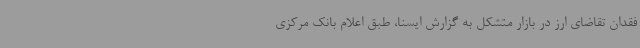
فقدان تقاضای ارز در بازار متشکل به گزارش ایسنا، طبق اعلام بانک مرکزی